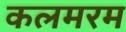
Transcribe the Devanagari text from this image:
कलमरम